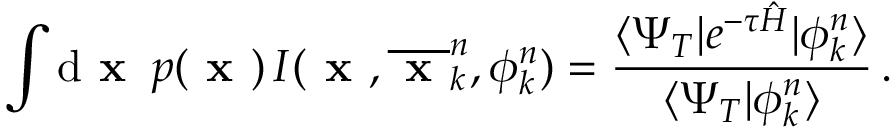
\int \mathrm { d } \textbf { x } \, p ( \textbf { x } ) \, I ( \textbf { x } , \overline { { \textbf { x } } } _ { k } ^ { n } , \phi _ { k } ^ { n } ) = \frac { \langle \Psi _ { T } | e ^ { - \tau \hat { H } } | \phi _ { k } ^ { n } \rangle } { \langle \Psi _ { T } | \phi _ { k } ^ { n } \rangle } \, .